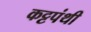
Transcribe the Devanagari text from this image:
कट्टपंथी